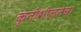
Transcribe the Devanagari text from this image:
कृतीशीलतेचा